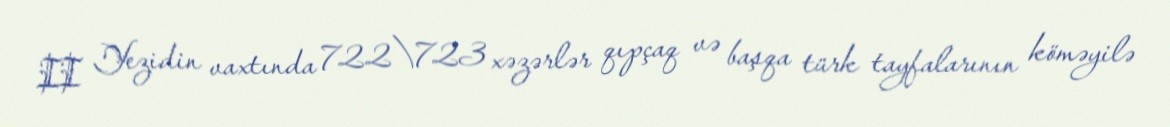
II Yezidin vaxtında 722\723 xəzərlər qıpçaq və başqa türk tayfalarının köməyilə